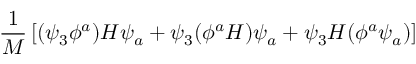
{ \frac { 1 } { M } } \left[ ( \psi _ { 3 } \phi ^ { a } ) H \psi _ { a } + \psi _ { 3 } ( \phi ^ { a } H ) \psi _ { a } + \psi _ { 3 } H ( \phi ^ { a } \psi _ { a } ) \right]